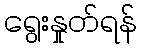
ရွေးနှုတ်ရန်